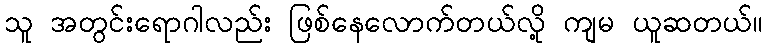
သူ အတွင်းရောဂါလည်း ဖြစ်နေလောက်တယ်လို့ ကျမ ယူဆတယ်။